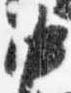
中